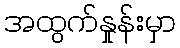
အထွက်နှုန်းမှာ